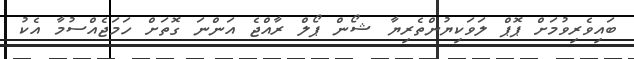
ބައިވެރިވުމަށް ޕޮޕް ލަވަކިޔުންތެރިޔާ ޝޯން ޕޯލް ރާއްޖެ އަންނަ ގޮތަށް ހަމަޖެއްސުމާ އެކު